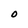
Character: O